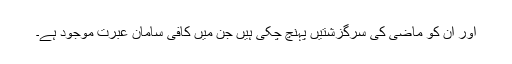
اور ان کو ماضی کی سرگزشتیں پہنچ چکی ہیں جن میں کافی سامان عبرت موجود ہے۔